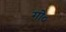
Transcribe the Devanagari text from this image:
गो०